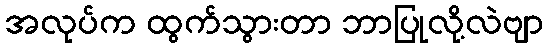
အလုပ်က ထွက်သွားတာ ဘာပြုလို့လဲဗျာ